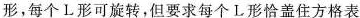
形，每个L形可旋转，但要求每个L形恰盖住方格表